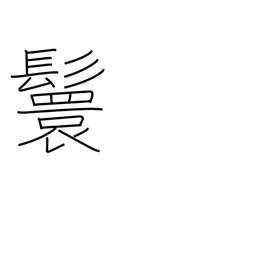
Meaning: male hairstyle of looped ponytails